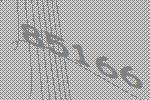
85166